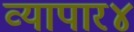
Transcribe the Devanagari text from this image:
व्यापार४